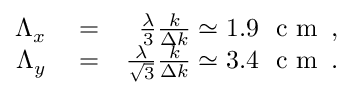
\begin{array} { r l r } { \Lambda _ { x } } & { { } = } & { \frac { \lambda } { 3 } \frac { k } { \Delta k } \simeq 1 . 9 \, \, \mathrm { ~ c ~ m ~ } \, , } \\ { \Lambda _ { y } } & { { } = } & { \frac { \lambda } { \sqrt { 3 } } \frac { k } { \Delta k } \simeq 3 . 4 \, \, \mathrm { ~ c ~ m ~ } \, . } \end{array}